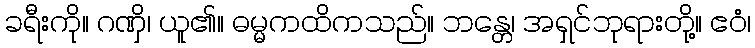
ခရီးကို။ ဂဏှိ၊ ယူ၏။ ဓမ္မကထိကသည်။ ဘန္တေ၊ အရှင်ဘုရားတို့။ ဧဝံ၊